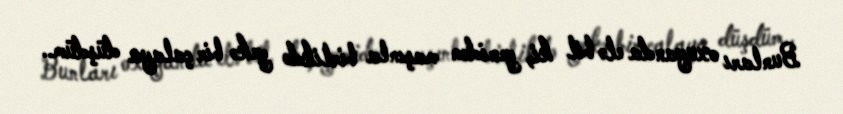
Bunları oxuyanda elə bil ki, yenidən maşınla birlikdə yekə bir çalaya düşdüm..